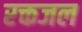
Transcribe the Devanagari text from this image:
रक्तजल